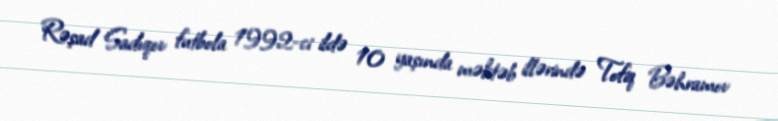
Rəşad Sadıqov futbola 1992-ci ildə 10 yaşında məktəb illərində Tofiq Bəhramov